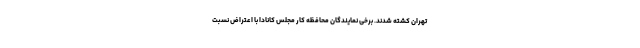
تهران کشته شدند. برخی نمایندگان محافظه کار مجلس کانادا با اعتراض نسبت